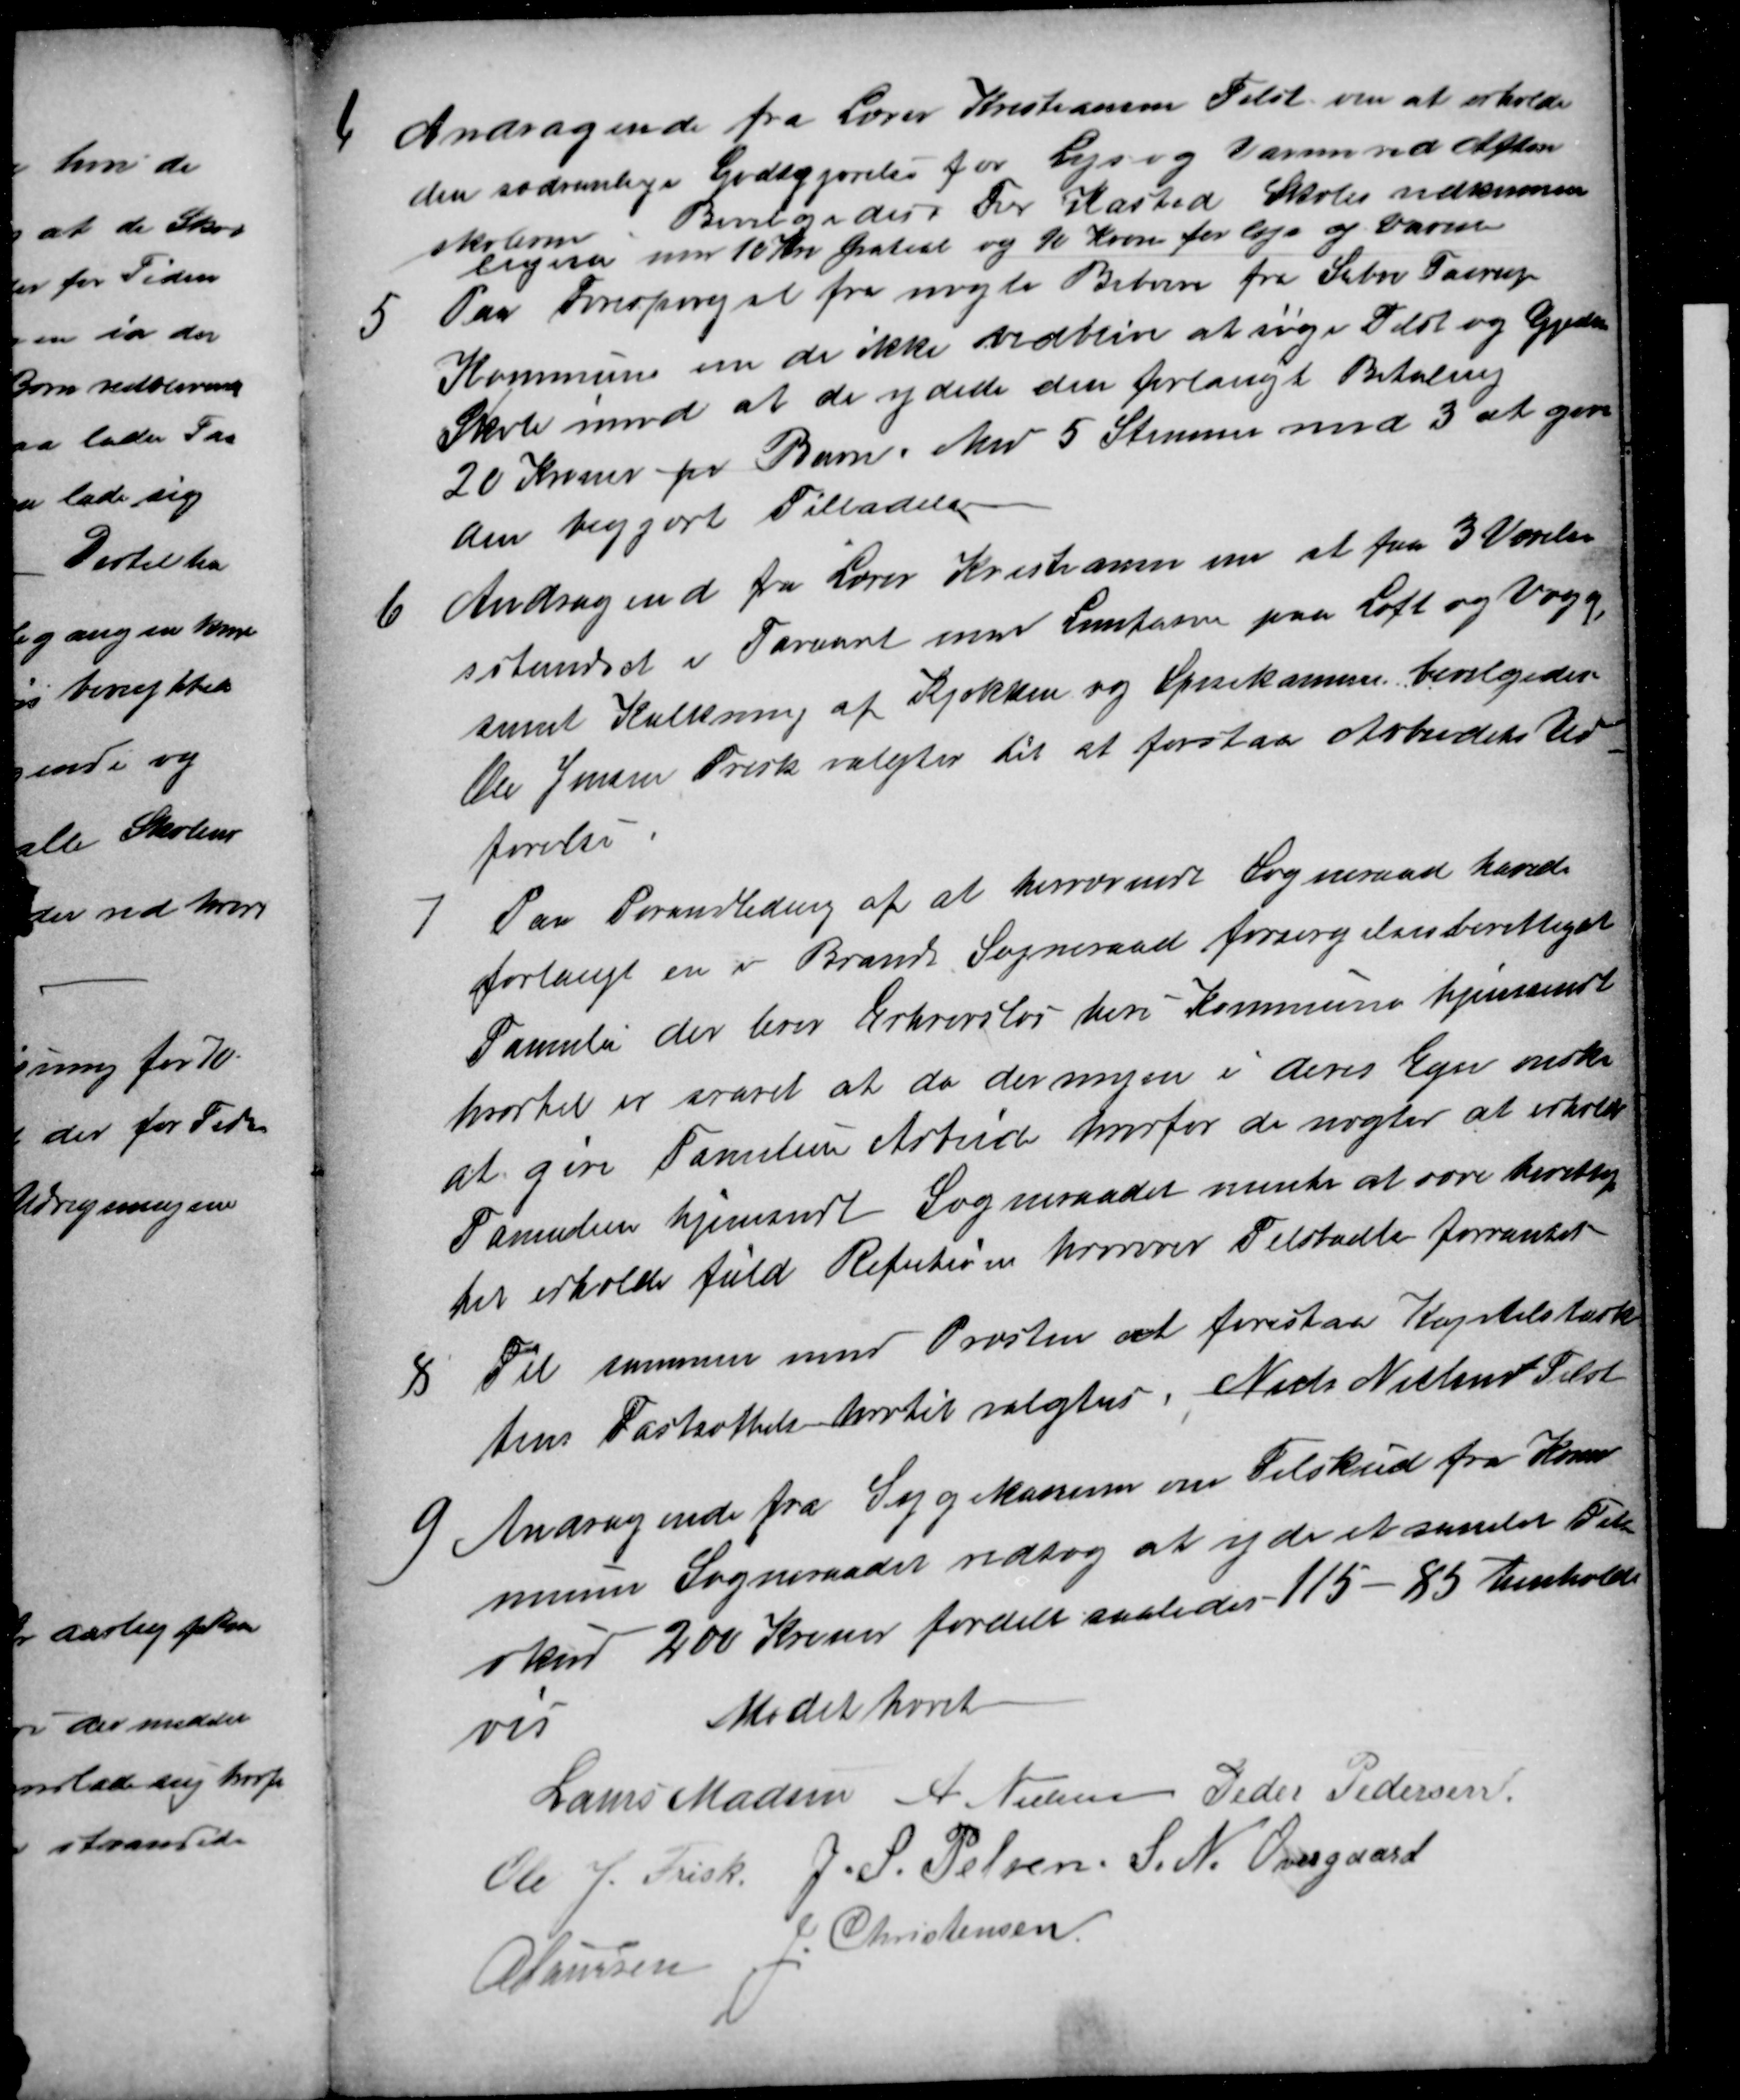
Transskription:
4
Andragende fra Lærer Kristiansen Tilst om at erholde
den sædvanlige Godtgjørelse for Lys og Varme ved Aften
skolerne
Bevilgedes For Kasted Skoles vedkommen
ligeså med 10 Kr Gratial og 10 Kron for lys og Varme
5
Paa Forespørgsel fra nogle Beboere fra Sabro Faarup
Kommune om de ikke vedblive at søge Tilst og Gjeding
Skole imod at de ydede den forlangt Betaling
20 Kroner for Barn. Med 5 Stemmer mod 3 at give
den begjært Tilladelse
6
Andragend fra Lærer Kristiansen om at faa 3 Værelser
istandsat i Foraaret med Limfarve paa Loft og Vægge,
samt Kalkning af Kjøkken og Spisekammer bevilgedes.
Ole Jensen Frisk valgtes til at forestaa Arbeidets Ud-
førelse
7
Paa Forandledning af at herværende Sogneraad havde
forlangt en i Brande Sogneraad forsørgelsesberettiget
Familie der lever Erhvervsløs heri Kommune hjemsendt
hvortil er svaret at da der ingen i deres Egn ønsker
at give Familien Arbeide hvorfor de nægter at erholde
Familien hjemsendt Sogneraadet mente at være berettig
til erholde fuld Refution hvorover Tilstødte forrantet
8
Til sammen med Præsten at forestaa Kapitelstark
tens Fastsættelse hvortil valgtes Niels Nielsen Tilst
9
Andragende fra Sygekasserne om Tilskud fra Kom
munen Sogneraadet vedtog at yde et samlet Til
skud 200 Kroner fordelt saaledes 115-85 henholds
vis
Mødet hævet
Laurs Madsen A Nielsen Peder Pedersen
Ole J. Frisk. J. S. Pelsen S. N. Overgaard
A Laursen 
J. Christensen